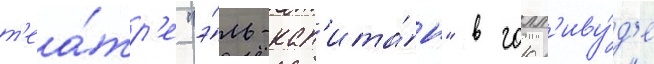
т'еа́тр'е "э́ль-кап'ита́н" в голл'иву́д'е